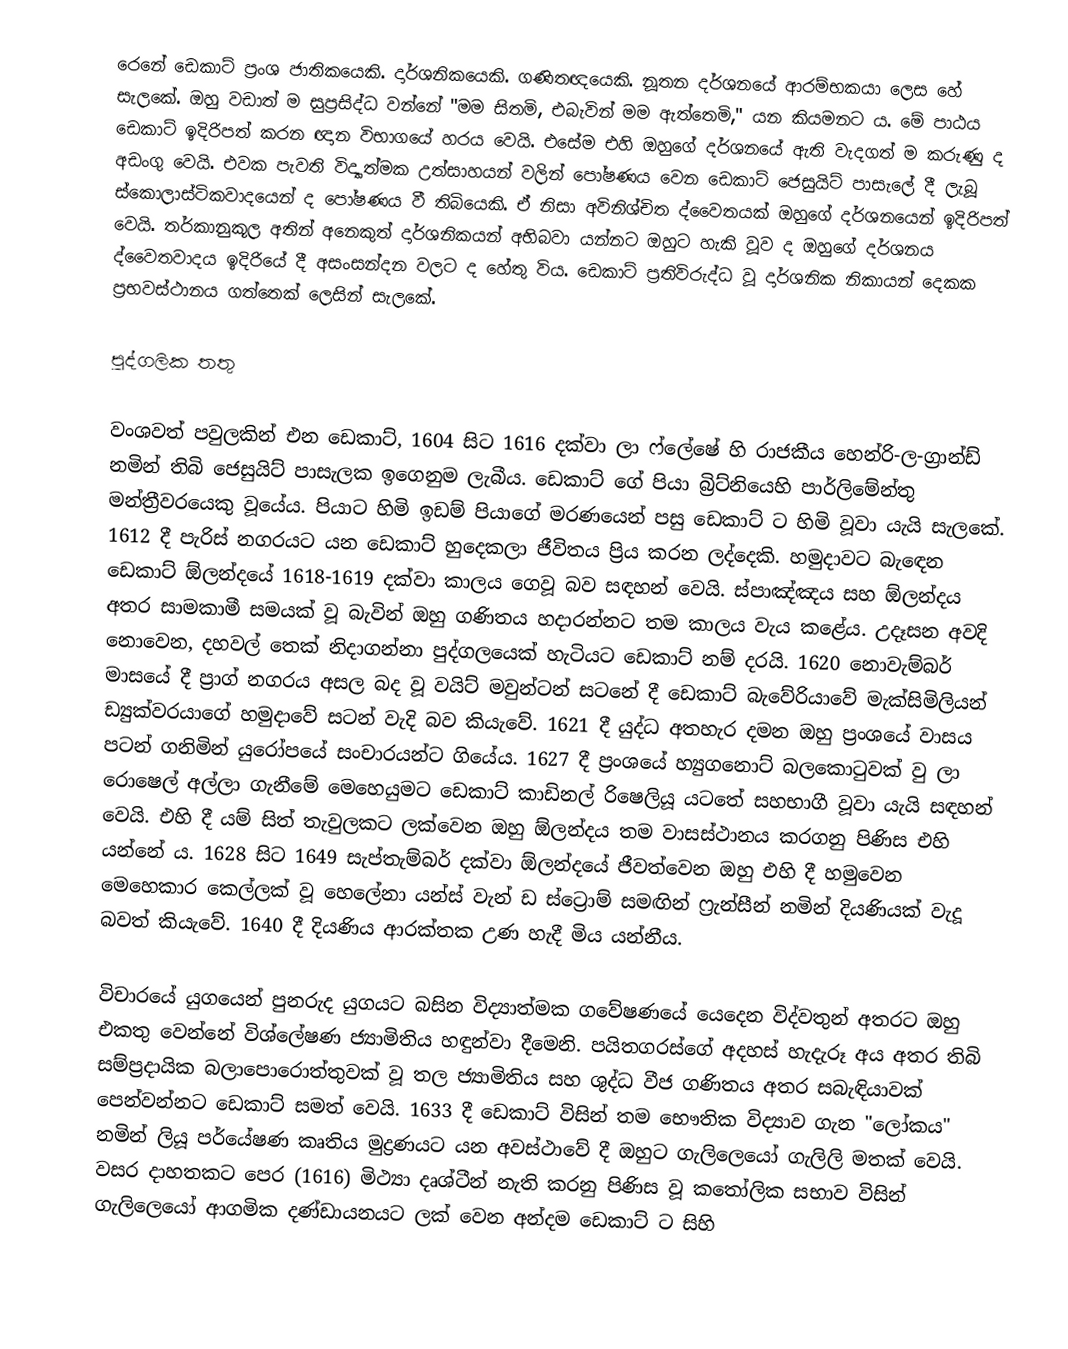
රෙනේ ඩෙකාට් ප්‍රංශ ජාතිකයෙකි. දාර්ශනිකයෙකි. ගණිතඥයෙකි. නූතන දර්ශනයේ ආරම්භකයා ලෙස හේ සැලකේ. ඔහු වඩාත් ම සුප්‍රසිද්ධ වන්නේ "මම සිතමි, එබැවින් මම ඇත්තෙමි," යන කියමනට ය. මේ පාඨය ඩෙකාට් ඉදිරිපත් කරන ඥාන විභාගයේ හරය වෙයි. එසේම එහි ඔහුගේ දර්ශනයේ ඇති වැදගත් ම කරුණු ද අඩංගු වෙයි. එවක පැවති විද්‍යාත්මක උත්සාහයන් වලින් පෝෂණය වෙන ඩෙකාට් ජෙසුයිට් පාසැලේ දී ලැබූ ස්කොලාස්ටිකවාදයෙන් ද පෝෂණය වී තිබියෙකි. ඒ නිසා අවිනිශ්චිත ද්වෛතයක් ඔහුගේ දර්ශනයෙන් ඉදිරිපත් වෙයි. තර්කානුකූල අතින් අනෙකුත් දාර්ශනිකයන් අභිබවා යන්නට ඔහුට හැකි වූව ද ඔහුගේ දර්ශනය ද්වෛතවාදය ඉදිරියේ දී අසංසන්දන වලට ද හේතු විය. ඩෙකාට් ප්‍රතිවිරුද්ධ වූ දාර්ශනික නිකායන් දෙකක ප්‍රභවස්ථානය ගත්තෙක් ලෙසින් සැලකේ.

පුද්ගලික තතු

වංශවත් පවුලකින් එන ඩෙකාට්, 1604 සිට 1616 දක්වා ලා ෆ්ලේෂේ හි රාජකීය හෙන්රි-ල-ග්‍රාන්ඩ් නමින් තිබි ජෙසුයිට් පාසැලක ඉගෙනුම ලැබීය. ඩෙකාට් ගේ පියා බ්‍රිට්නියෙහි පාර්ලිමේන්තු මන්ත්‍රීවරයෙකු වූයේය. පියාට හිමි ඉඩම් පියාගේ මරණයෙන් පසු ඩෙකාට් ට හිමි වූවා යැයි සැලකේ. 1612 දී පැරිස් නගරයට යන ඩෙකාට් හුදෙකලා ජීවිතය ප්‍රිය කරන ලද්දෙකි. හමුදාවට බැඳෙන ඩෙකාට් ඕලන්දයේ 1618-1619 දක්වා කාලය ගෙවූ බව සඳහන් වෙයි. ස්පාඤ්ඤය සහ ඕලන්දය අතර සාමකාමී සමයක් වූ බැවින් ඔහු ගණිතය හදාරන්නට තම කාලය වැය කළේය. උදෑසන අවදි නොවෙන, දහවල් තෙක් නිදාගන්නා පුද්ගලයෙක් හැටියට ඩෙකාට් නම් දරයි. 1620 නොවැම්බර් මාසයේ දී ප්‍රාග් නගරය අසල බද වූ වයිට් මවුන්ටන් සටනේ දී ඩෙකාට් බැවේරියාවේ මැක්සිමිලියන් ඩ්‍යුක්වරයාගේ හමුදාවේ සටන් වැදි බව කියැවේ. 1621 දී යුද්ධ අතහැර දමන ඔහු ප්‍රංශයේ වාසය පටන් ගනිමින් යුරෝපයේ සංචාරයන්ට ගියේය. 1627 දී ප්‍රංශයේ හ්‍යුගනොට් බලකොටුවක් වු ලා රොෂෙල් අල්ලා ගැනීමේ මෙහෙයුමට ඩෙකාට් කාඩිනල් රිෂෙලියූ යටතේ සහභාගී වූවා යැයි සඳහන් වෙයි. එහි දී යම් සිත් තැවුලකට ලක්වෙන ඔහු ඕලන්දය තම වාසස්ථානය කරගනු පිණිස එහි යන්නේ ය. 1628 සිට 1649 සැප්තැම්බර් දක්වා ඕලන්දයේ ජීවත්වෙන ඔහු එහි දී හමුවෙන මෙහෙකාර කෙල්ලක් වූ හෙලේනා යන්ස් වැන් ඩ ස්ට්‍රොම් සමඟින් ෆ්‍රැන්සීන් නමින් දියණියක් වැදූ බවත් කියැවේ. 1640 දී දියණිය ආරක්තක උණ හැදී මිය යන්නීය.

විචාරයේ යුගයෙන් පුනරුද යුගයට බසින විද්‍යාත්මක ගවේෂණයේ යෙදෙන විද්වතුන් අතරට ඔහු එකතු වෙන්නේ විශ්ලේෂණ ජ්‍යාමිතිය හඳුන්වා දීමෙනි. පයිතගරස්ගේ අදහස් හැදැරූ අය අතර තිබි සම්ප්‍රදායික බලාපොරොත්තුවක් වූ තල ජ්‍යාමිතිය සහ ශුද්ධ වීජ ගණිතය අතර සබැඳියාවක් පෙන්වන්නට ඩෙකාට් සමත් වෙයි. 1633 දී ඩෙකාට් විසින් තම භෞතික විද්‍යාව ගැන "ලෝකය" නමින් ලියූ පර්යේෂණ කෘතිය මුද්‍රණයට යන අවස්ථාවේ දී ඔහුට ගැලිලෙයෝ ගැලිලි මතක් වෙයි. වසර දාහතකට පෙර (1616) මිථ්‍යා දෘශ්ටීන් නැති කරනු පිණිස වූ කතෝලික සභාව විසින් ගැලිලෙයෝ ආගමික දණ්ඩායනයට ලක් වෙන අන්දම ඩෙකාට් ට සිහි